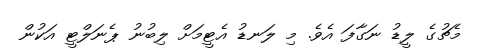
މެޗުގެ ލީޑު ނަގާފަ އެވެ. މި ލަނޑު އެޓީމަށް ލިބުނު ޕެނަލްޓީ އަކުން